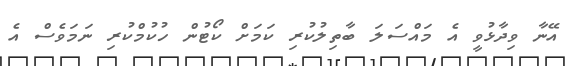
އޭނާ ވިދާޅުވީ އެ މައްސަލަ ބާތިލުކުރި ކަމަށް ކޯޓުން ހުކުމްކުރި ނަމަވެސް އެ